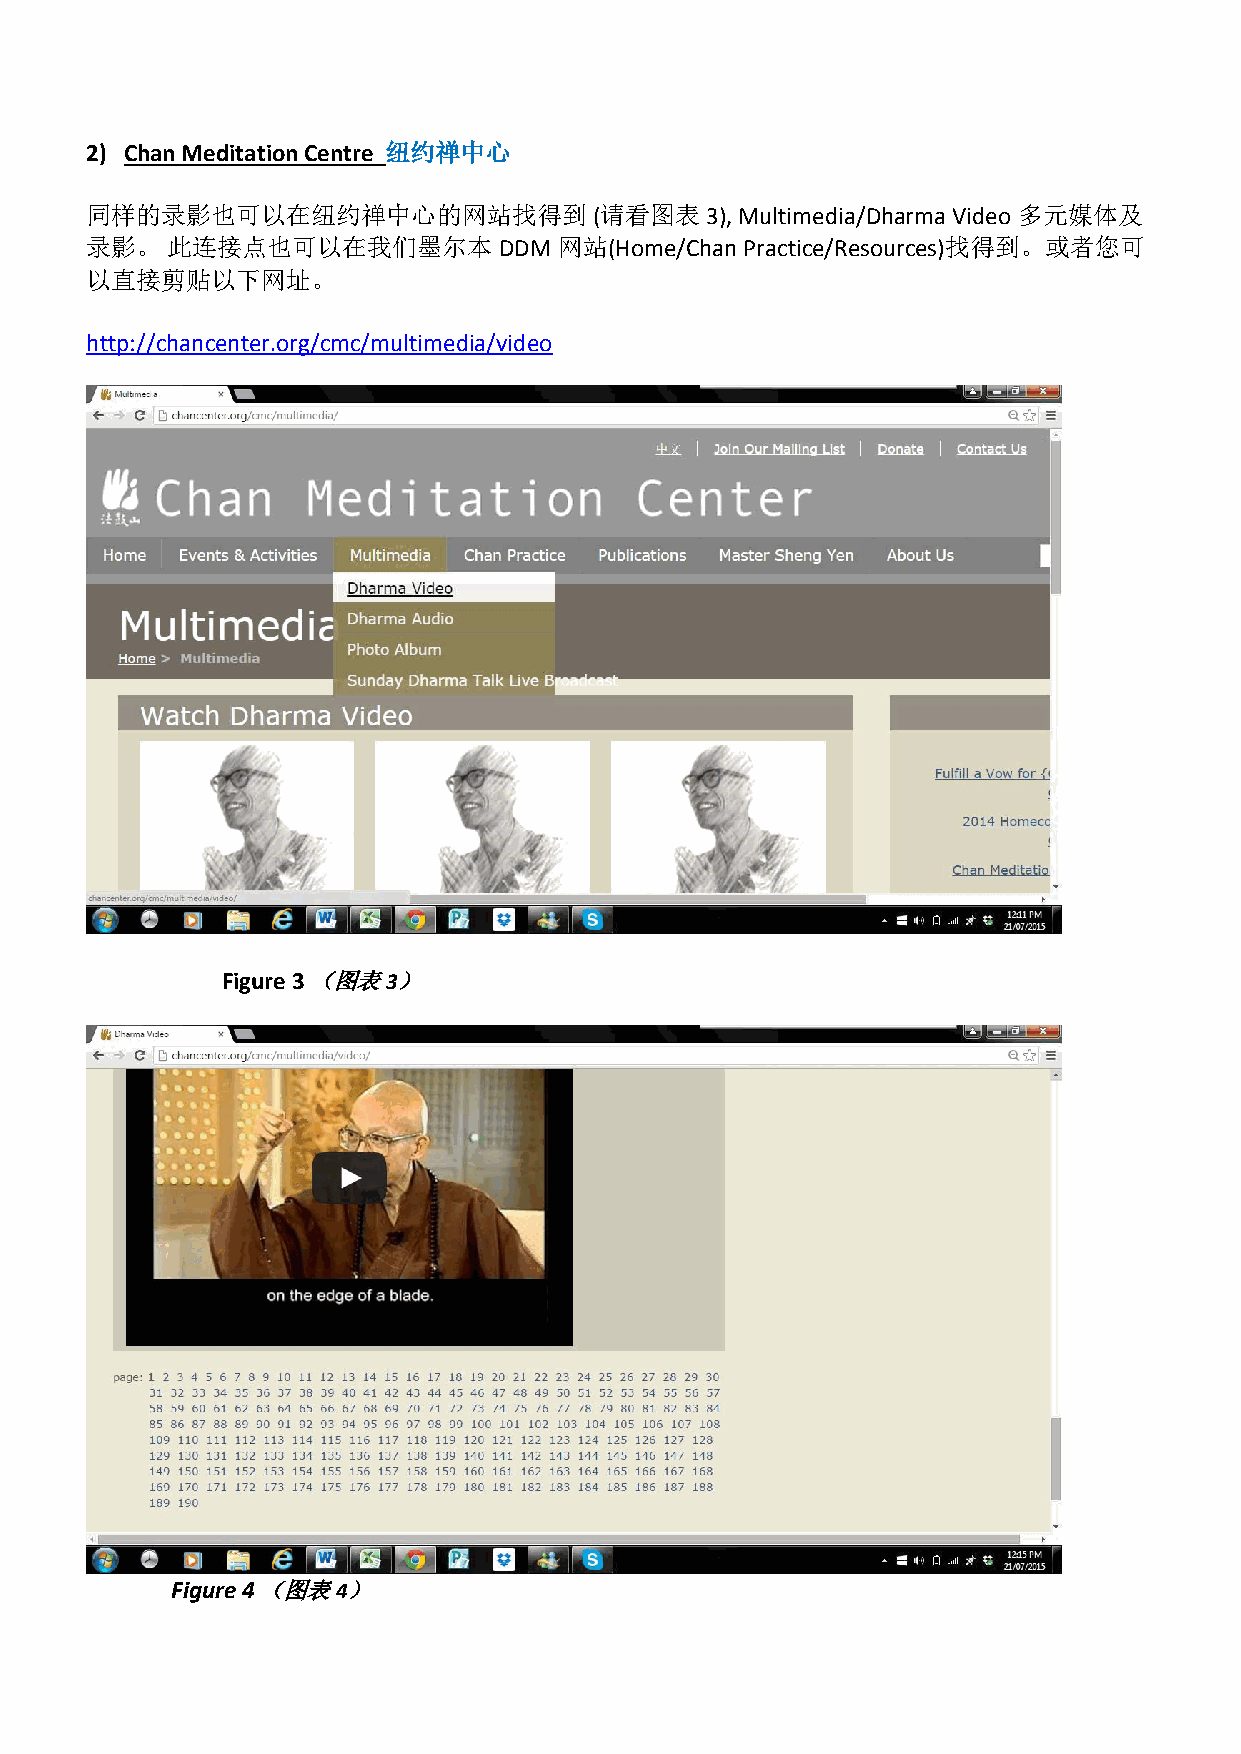
2) Chan Meditation Centre 纽约禅中心
 同样的录影也可以在纽约禅中心的网站找得到             (请看图表3),  Multimedia/Dharma Video 多元媒体及
 录影。  此连接点也可以在我们墨尔本         DDM 网站(Home/Chan Practice/Resources)找得到。或者您可
 以直接剪贴以下网址。
 http://chancenter.org/cmc/multimedia/video
 Figure 3 （图表3）
 Figure 4 （图表4）